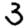
Digit: 3